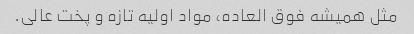
مثل همیشه فوق العاده، مواد اولیه تازه و پخت عالى.